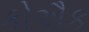
કોઐક